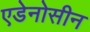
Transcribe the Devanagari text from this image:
एडेनोसीन